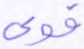
قوي